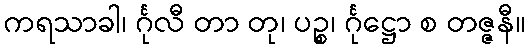
ကရသာခါ၊ င်္ဂုလီ တာ တု၊ ပဉ္စ၊ င်္ဂုဋ္ဌော စ တဇ္ဇနီ။